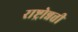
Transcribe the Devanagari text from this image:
राष्ट्रोन्नत्ती